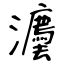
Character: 灋